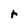
Character: r